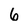
Character: 6